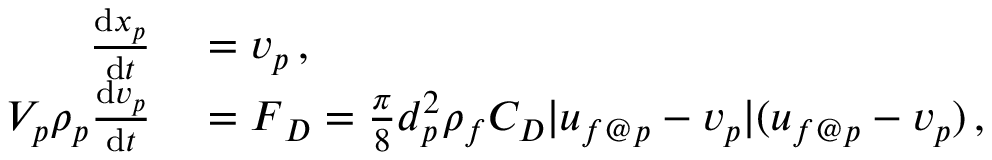
\begin{array} { r l } { \frac { \mathrm { d } \boldsymbol { x } _ { p } } { \mathrm { d } t } } & { { } = \boldsymbol { v } _ { p } \, , } \\ { V _ { p } \rho _ { p } \frac { \mathrm { d } \boldsymbol { v } _ { p } } { \mathrm { d } t } } & { { } = \boldsymbol { F } _ { D } = \frac { \pi } { 8 } d _ { p } ^ { 2 } \rho _ { f } C _ { D } | \boldsymbol { u } _ { f @ p } - \boldsymbol { v } _ { p } | ( \boldsymbol { u } _ { f @ p } - \boldsymbol { v } _ { p } ) \, , } \end{array}